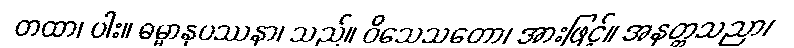
တထာ၊ ပါး။ ဓမ္မာနုပဿနာ၊ သည်။ ဝိသေသတော၊ အားဖြင့်။ အနတ္တသညာ၊